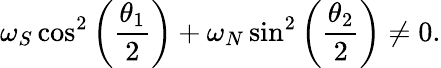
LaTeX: \omega_{S}\cos^{2}\left(\frac{\theta_{1}}{2}\right)+\omega_{N}\sin^{2}\left(\frac{\theta_{2}}{2}\right)\neq 0.